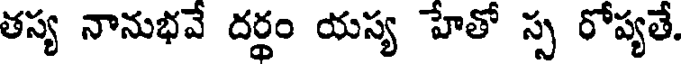
తస్య నానుభవే దర్థం యస్య హేతో స్స రోప్యతే.